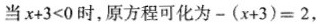
当＄＄x + 3 < 0＄＄时，原方程可化为＄＄- ( x + 3 ) = 2＄＄，